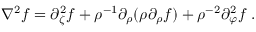
\nabla ^ { 2 } f = \partial _ { \zeta } ^ { 2 } f + \rho ^ { - 1 } \partial _ { \rho } ( \rho \partial _ { \rho } f ) + \rho ^ { - 2 } \partial _ { \varphi } ^ { 2 } f \; .